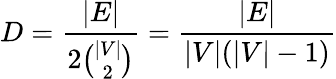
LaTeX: D={\frac{|E|}{2{\binom{|V|}{2}}}}={\frac{|E|}{|V|(|V|-1)}}